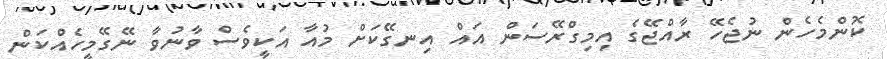
ކޮންމެހެން ނުޖެހޭ ރާއްޖޭގެ އިމިގްރޭސަން އައް އިނގޭކަށް މުއާ އަކީވެސް ވާނުވާ ނޭގޭމީހެއްކަން